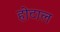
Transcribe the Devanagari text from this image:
होटाल